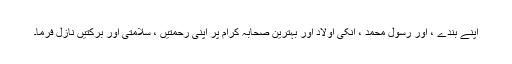
اپنے بندے ، اور رسول محمد ، انکی اولاد اور بہترین صحابہ کرام پر اپنی رحمتیں ، سلامتی اور برکتیں نازل فرما۔